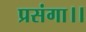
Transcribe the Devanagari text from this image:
प्रसंगा।।